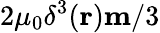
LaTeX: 2\mu_{0}\delta^{3}({\mathbf r}){\mathbf m}/3